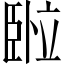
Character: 𬛦